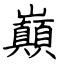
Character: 巔